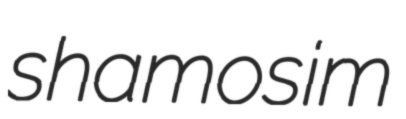
shamosim